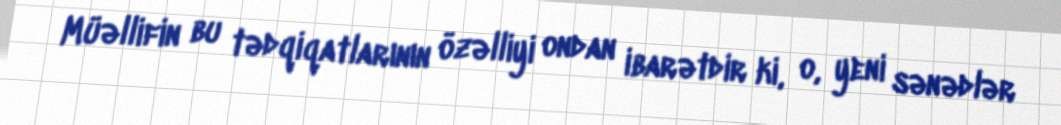
Müəllifin bu tədqiqatlarının özəlliyi ondan ibarətdir ki, o, yeni sənədlər